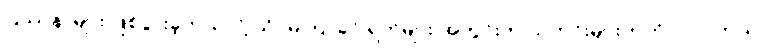
ပြဿနာများ ဖြစ်ပွားခဲ့တယ်လို့ သိပ်မကြာခင် ရက်များ အတွင်းက သတင်းများတက်လာပါတယ်။